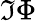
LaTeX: \Im\Phi